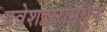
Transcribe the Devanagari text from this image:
प्रवेशद्वारांमधून